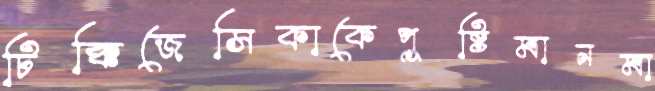
টিক্কিজেসিকাকেপুষ্টিমানমা